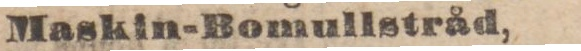
Maskin-Bomullstråd,